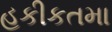
હકીકતમા